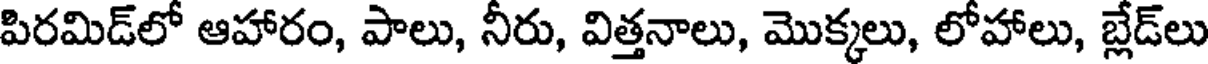
పిరమిడ్లో ఆహారం, పాలు, నీరు, విత్తనాలు, మొక్కలు, లోహాలు, బ్లేడ్లు